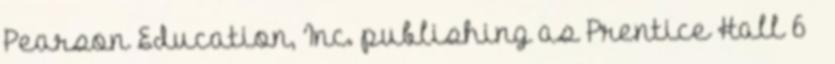
Pearson Education, Inc. publishing as Prentice Hall 6 